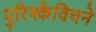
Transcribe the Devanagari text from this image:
पुरिश्केविचने